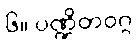
၆။ ပဏ္ဍိတဝဂ္ဂ